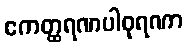
ဧကတ္ထရဏပါဝုရဏာ